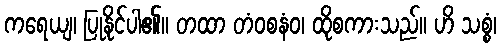
ကရေယျ၊ ပြုနိုင်ပါ၏။ တထာ တံဝစနံဝ၊ ထိုစကားသည်။ ဟိ သစ္စံ၊